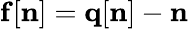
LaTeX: {\mathbf f}[{\mathbf n}]={\mathbf q}[{\mathbf n}]-{\mathbf n}